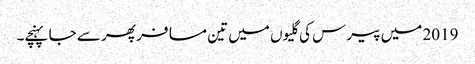
2019 میں پیرس کی گلیوں میں تین مسافر پھر سے جا پہنچے۔